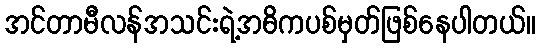
အင်တာမီလန်အသင်းရဲ့အဓိကပစ်မှတ်ဖြစ်နေပါတယ်။